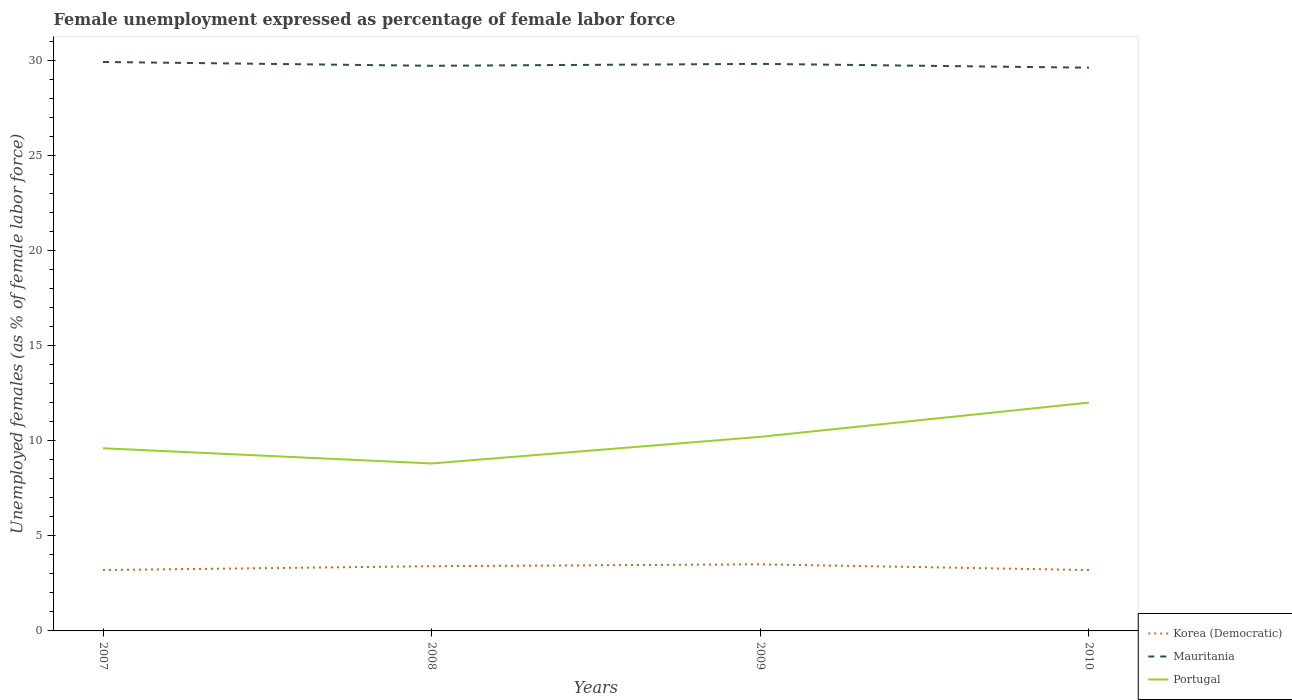
| Years | Korea (Democratic) | Mauritania | Portugal |
 | --- | --- | --- | --- |
 | 2007 | 3.2 | 29.9 | 9.6 |
 | 2008 | 3.4 | 29.7 | 8.8 |
 | 2009 | 3.5 | 29.8 | 10.2 |
 | 2010 | 3.2 | 29.6 | 12 |